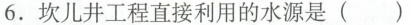
6. 坎儿井工程直接利用的水源是()